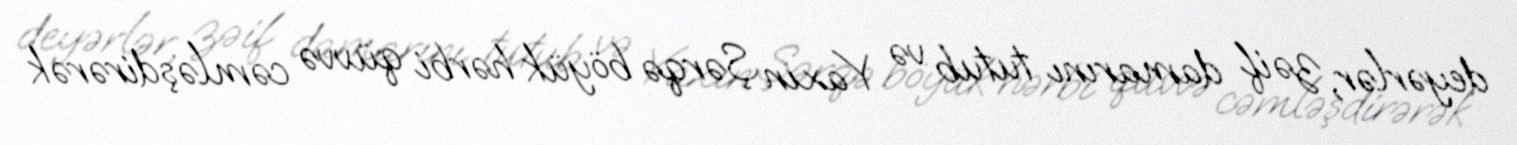
deyərlər, zəif damarını tutub və Yaxın Şərqə böyük hərbi qüvvə cəmləşdirərək